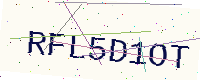
Text: RFL5D1OT